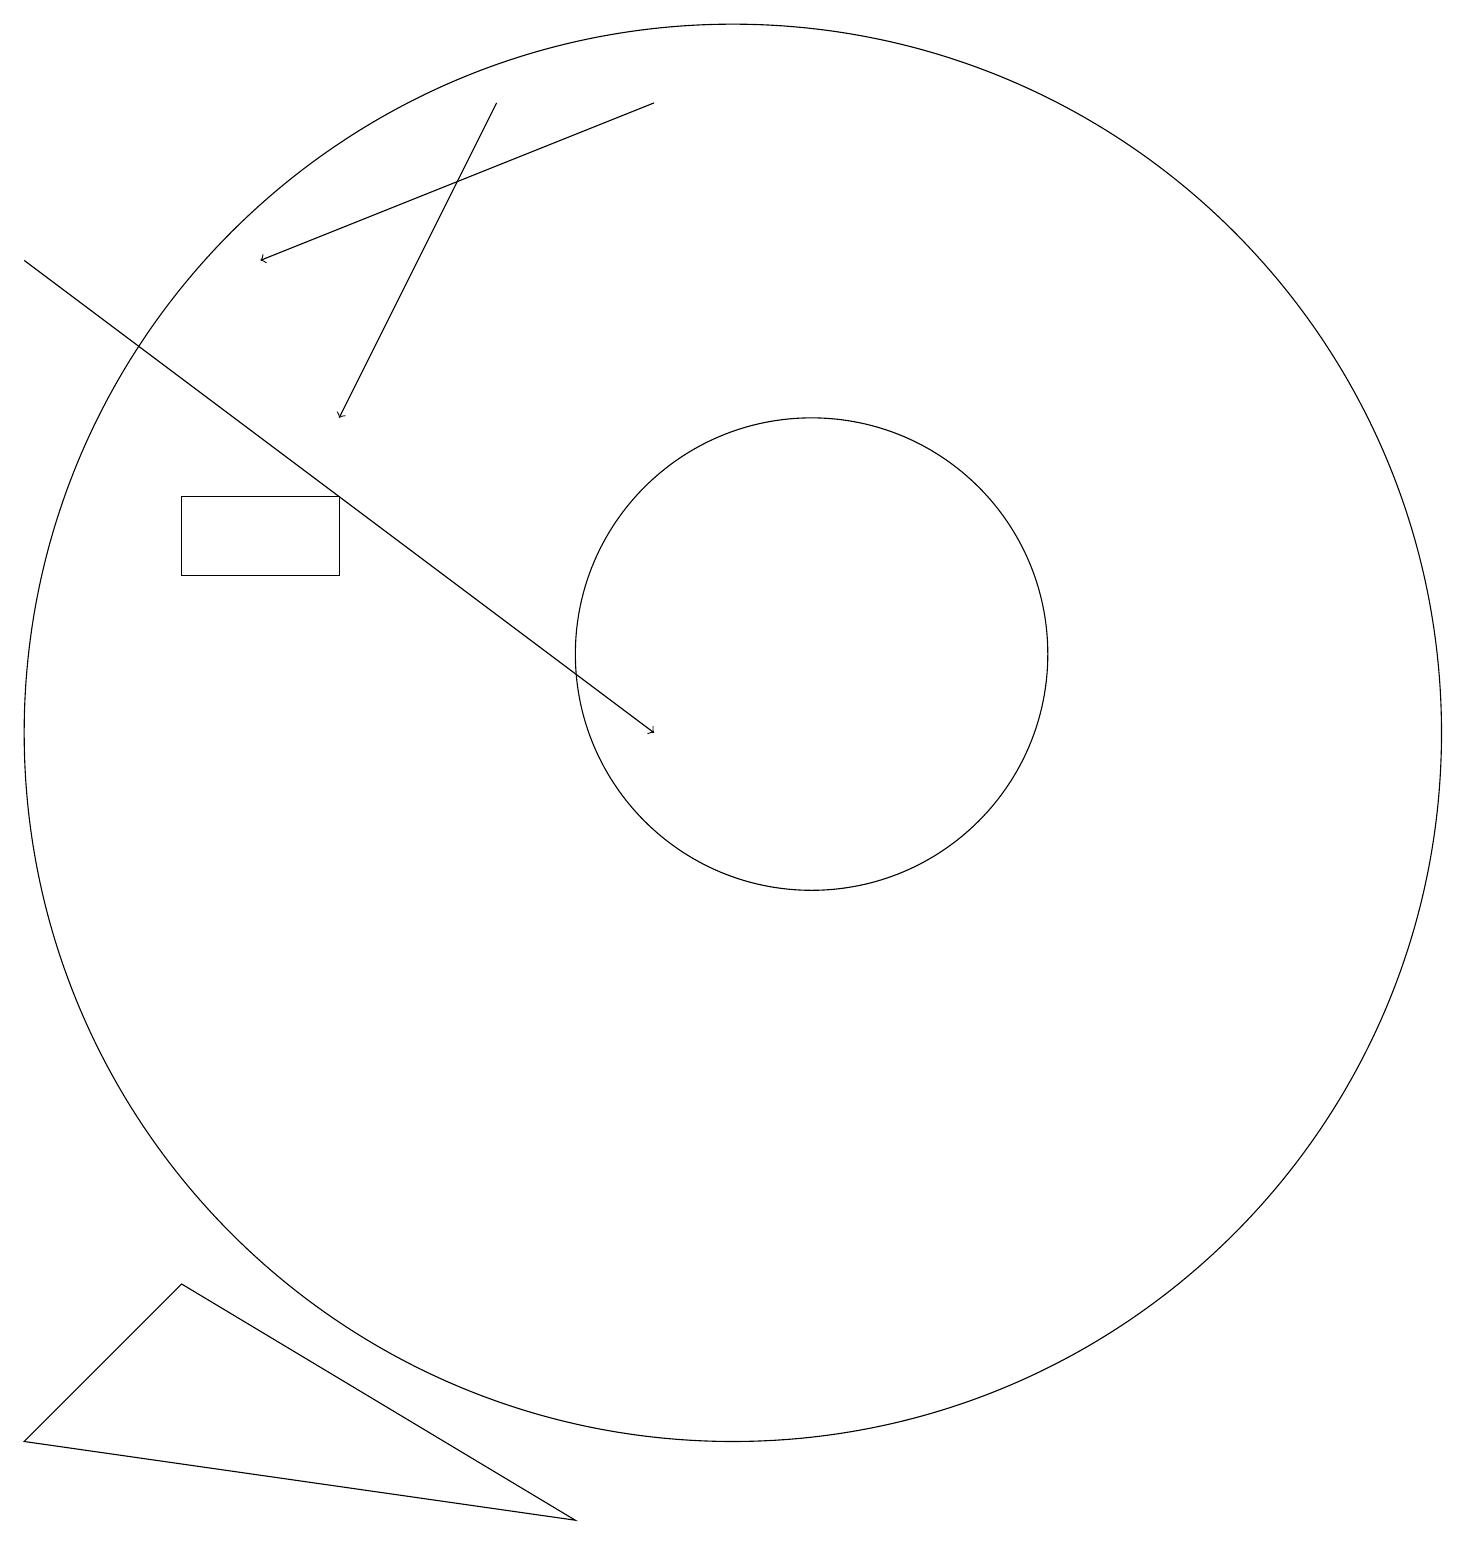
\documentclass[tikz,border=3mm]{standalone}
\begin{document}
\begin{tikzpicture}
\draw[->] (7,18) -- (5,14);
\draw (3,3) -- (8,0) -- (1,1) -- cycle;
\draw (10,10) circle (9);
\draw[->] (9,18) -- (4,16);
\draw (5,13) rectangle (3,12);
\draw[->] (1,16) -- (9,10);
\draw (11,11) circle (3);
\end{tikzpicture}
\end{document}